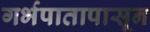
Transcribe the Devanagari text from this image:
गर्भपातापासून